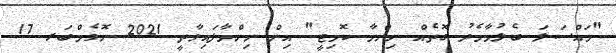
"މައްސަލަ ބެލުމާމެދު ގޮތެއް ނިންމާ ކޮމިޓީ" އިން ނިންމާފައިވާތީ 2021 ނޮވެމްބަރ 17